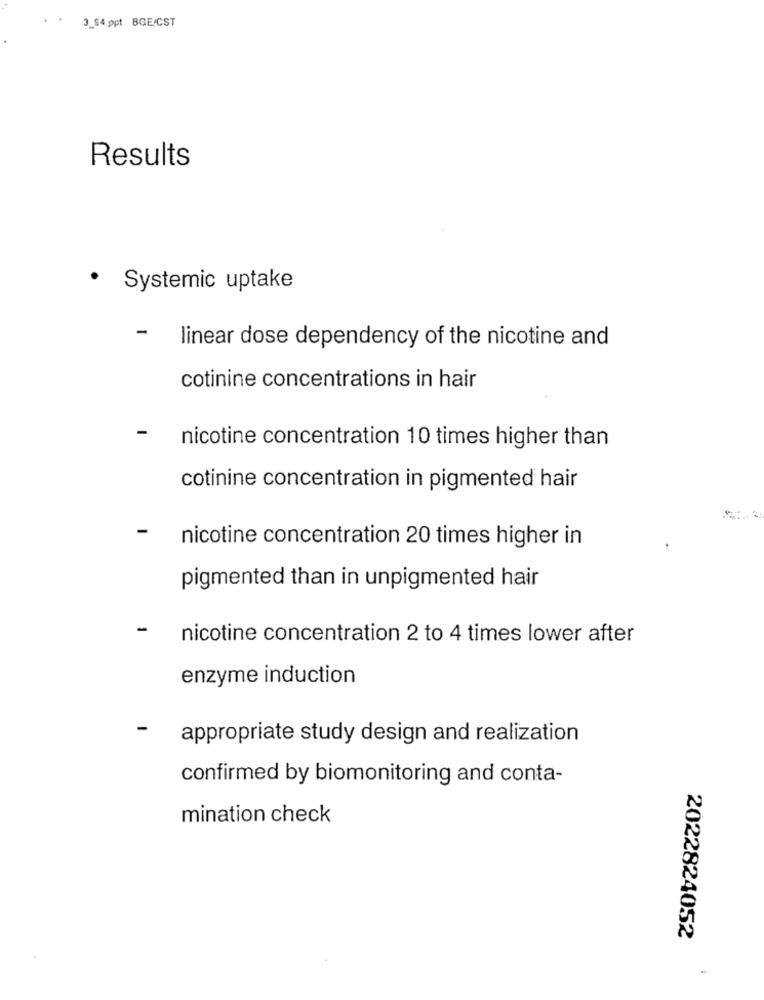
..
3_$4.ppt BGE/CST
Results
· Systemic uptake
- linear dose dependency of the nicotine and
cotinine concentrations in hair
nicotine concentration 10 times higher than
cotinine concentration in pigmented hair
-
nicotine concentration 20 times higher in
pigmented than in unpigmented hair
-
nicotine concentration 2 to 4 times lower after
enzyme induction
-
appropriate study design and realization
confirmed by biomonitoring and conta-
mination check
2022824052